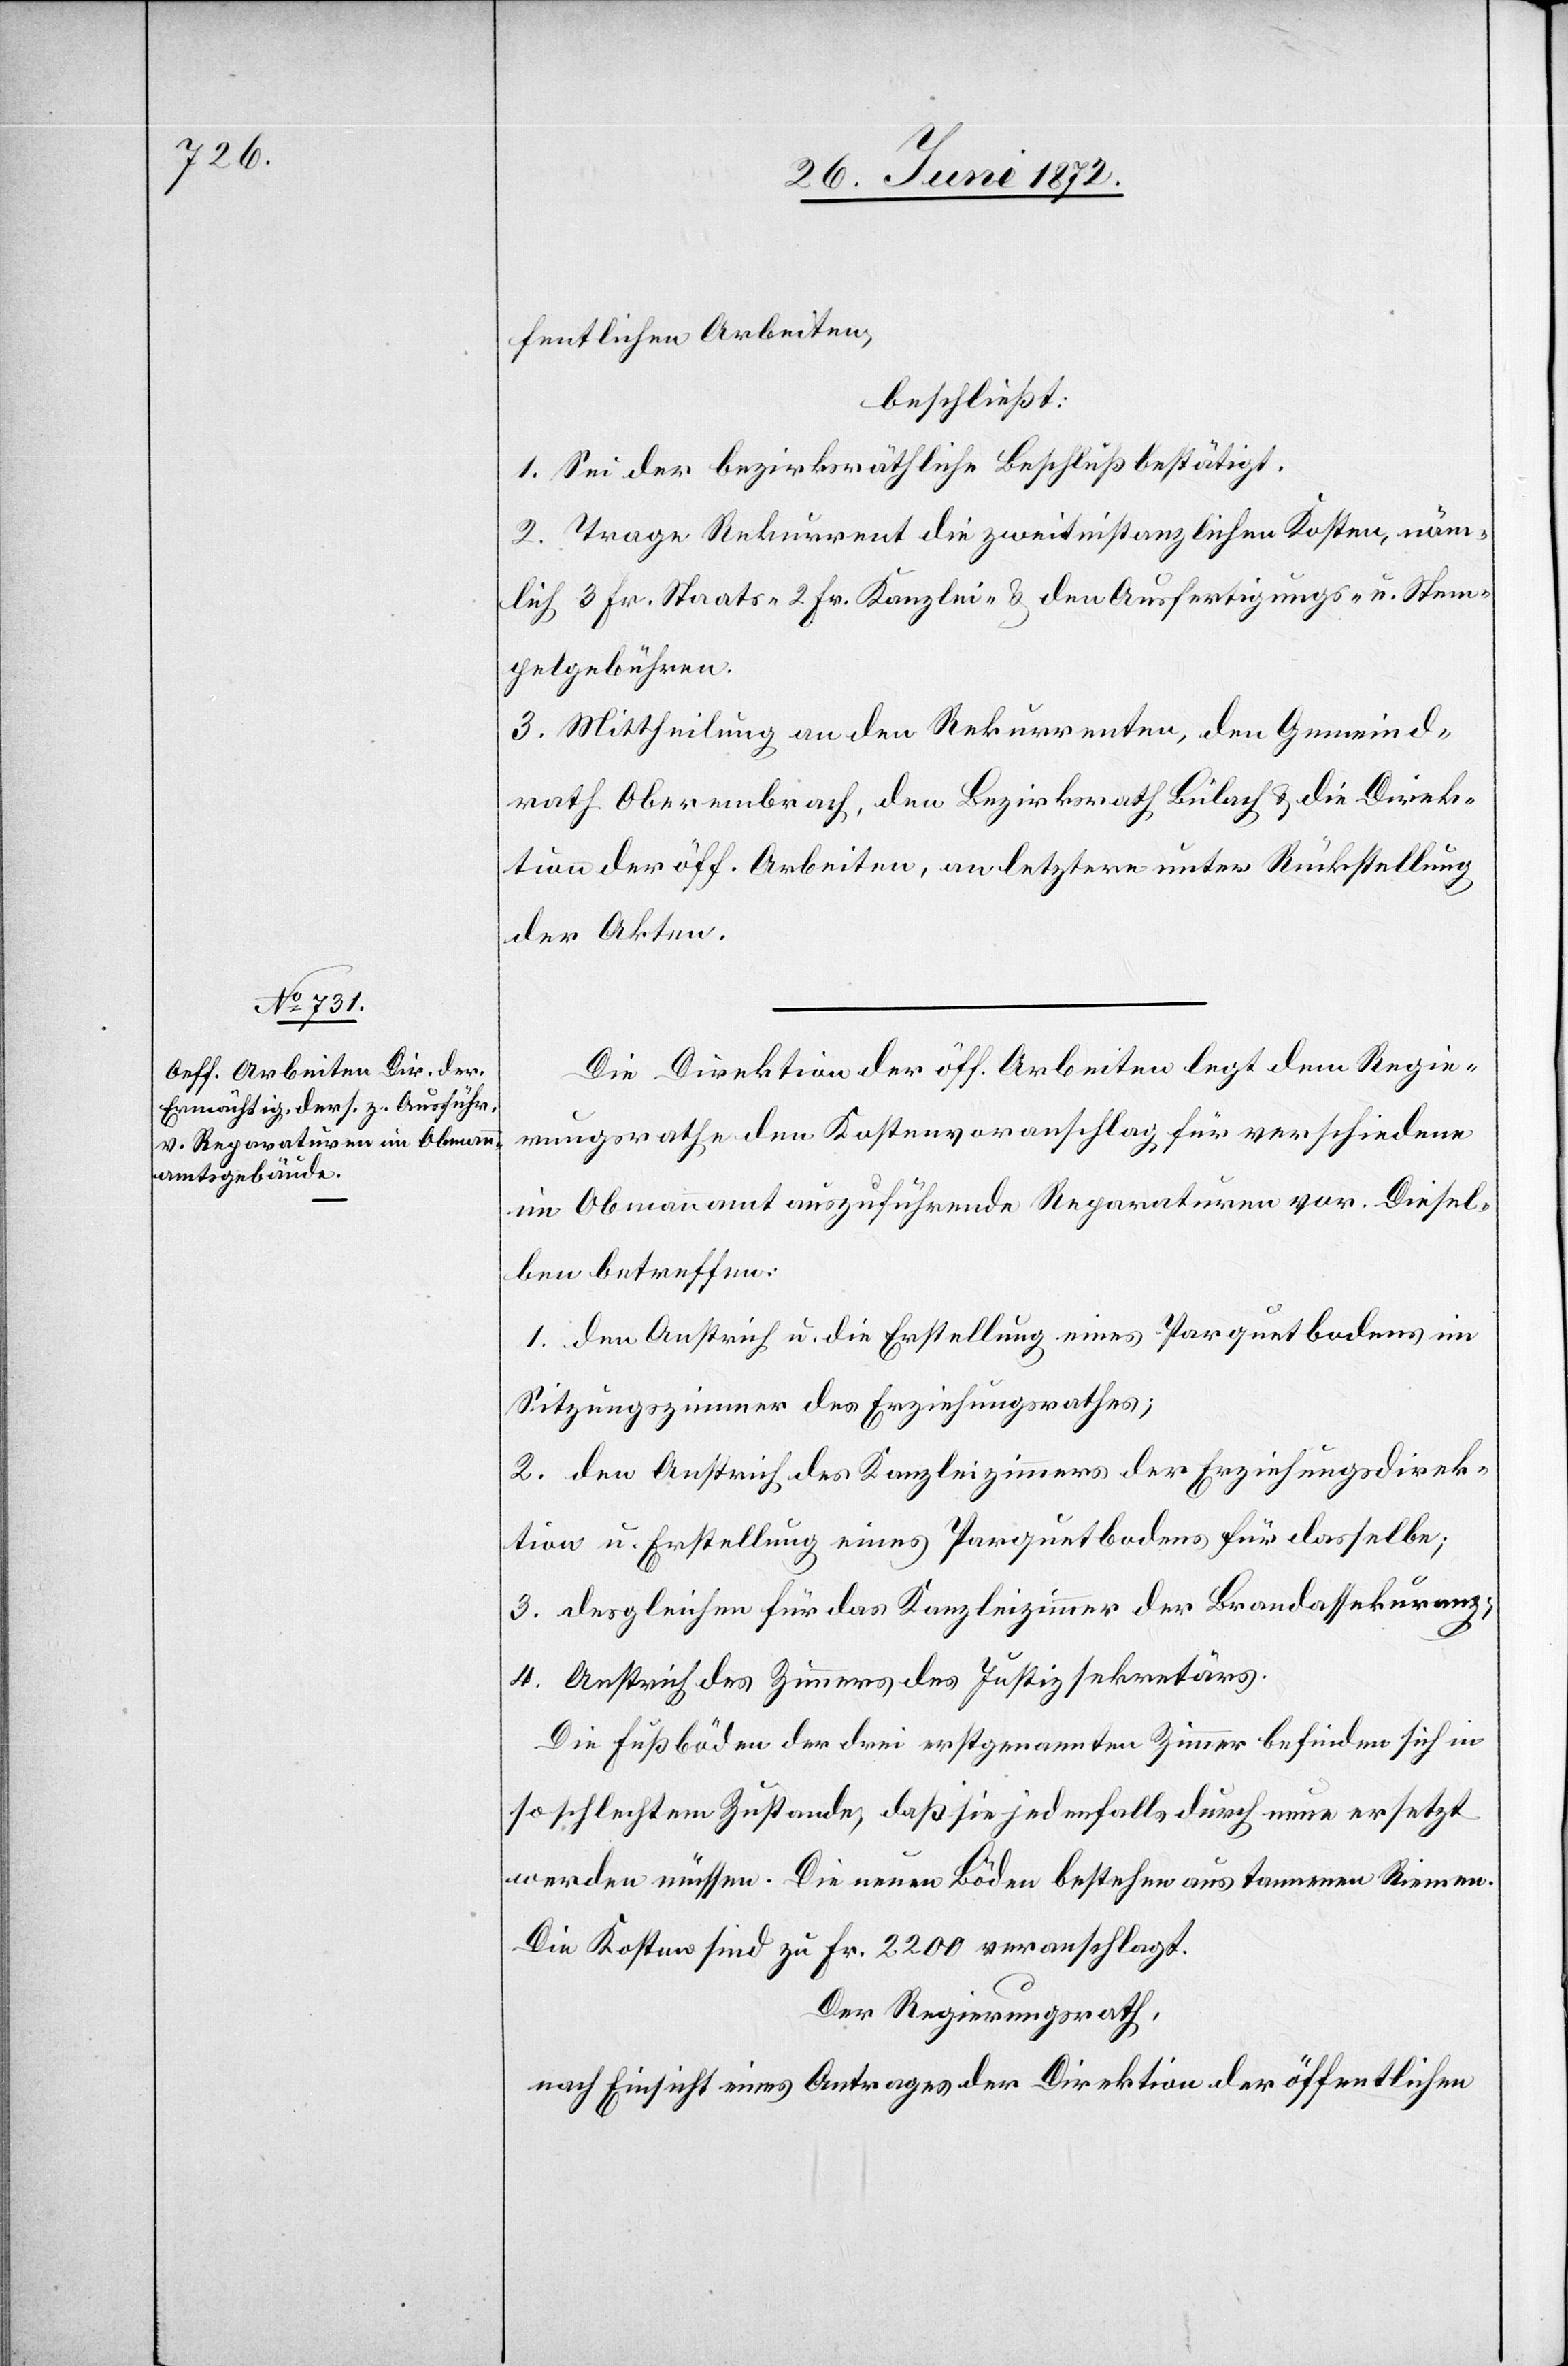
Die Direktion der öff. Arbeiten legt dem Regie¬
rungsrathe den Kostenvoranschlag für verschiedene
im Obmannamt auszuführende Reparaturen vor. Diesel¬
ben betreffen:
1. den Anstrich u. die Erstellung eines Parquetbodens im
Sitzungszimmer des Erziehungsrathes;
2. den Anstrich des Kanzleizimmers der Erziehungsdirek¬
tion u. Erstellung eines Parquetbodens für dasselbe;
3. desgleichen für das Kanzleizimmer der Brandassekuranz;
4. Anstrich des Zimmers des Justizsekretärs.
Die Fußböden der drei erstgenannten Zimmer befinden sich in
so schlechtem Zustande, daß sie jedenfalls durch neue ersetzt
werden müssen. Die neuen Böden bestehen aus tannenen Riemen.
Die Kosten sind zu Fr. 2200 veranschlagt.
Der Regierungsrath,
nach Einsicht eines Antrages der Direktion der öffentlichen